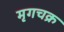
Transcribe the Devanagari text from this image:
मृगचक्र